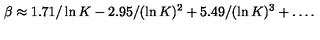
\beta \approx 1 . 7 1 / \ln K - 2 . 9 5 / ( \ln K ) ^ { 2 } + 5 . 4 9 / ( \ln K ) ^ { 3 } + \ldots .